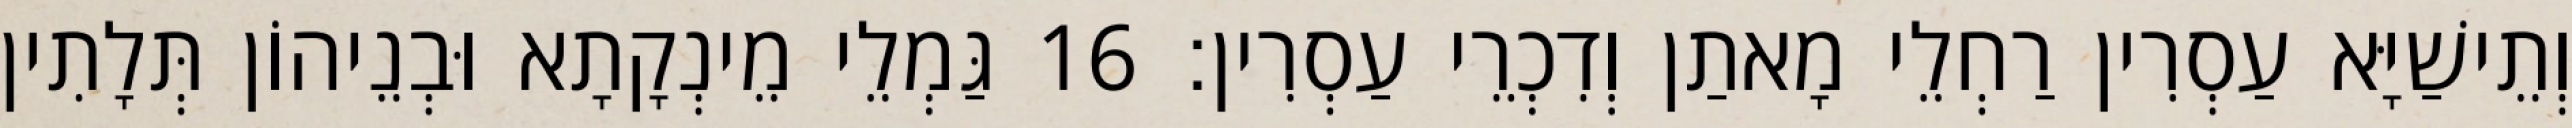
וְתֵישַׁיָּא עַסְרִין רַחְלֵי מָאתַן וְדִכְרֵי עַסְרִין׃ 16 גַּמְלֵי מֵינְקָתָא וּבְנֵיהוֹן תְּלָתִין